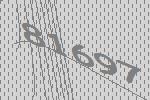
81697